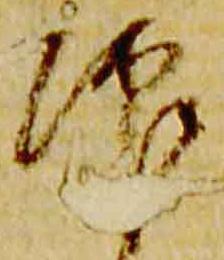
仰